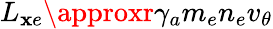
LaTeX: L_{\mathbf{x}e}\approxr\gamma_{a}m_{e}n_{e}v_{\theta}